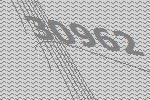
30962